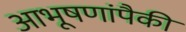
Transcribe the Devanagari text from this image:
आभूषणांपैकी